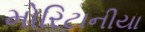
મોરિટાનીયા